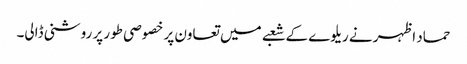
حماد اظہر نے ریلوے کے شعبے میں تعاون پر خصوصی طور پر روشنی ڈالی۔